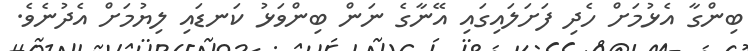
ބިންގާ އެޅުމަށް ހެދި ފަށަލައިގައި އޭނާގެ ނަން ބިންވަޅު ކަނޑައި ލިޔުމަށް އެދުނެވެ.